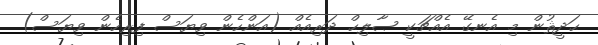
ޙަދީޘުން މި އެނގޭ އެއްޗަކީ ޞާލިޙް ދަރިއެއް (އަންހެން ވިޔަސް ފިރިހެން ވިޔަސް)